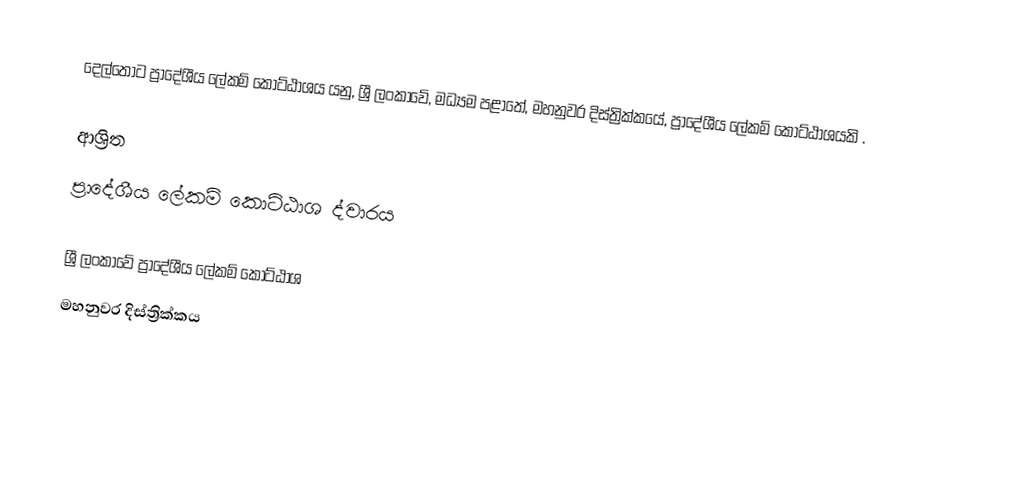
දෙල්තොට ප්‍රාදේශීය ලේකම් කොට්ඨාශය යනු,  ශ්‍රී ලංකාවේ, මධ්‍යම පළාතේ,   මහනුවර දිස්ත්‍රික්කයේ, ප්‍රාදේශීය ලේකම් කොට්ඨාශයකි .

ආශ්‍රිත
 ප්‍රාදේශීය ලේකම් කොට්ඨාශ ද්වාරය

ශ්‍රී ලංකාවේ ප්‍රාදේශීය ලේකම් කොට්ඨාශ
මහනුවර දිස්ත්‍රික්කය